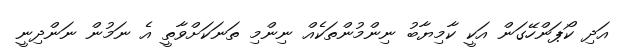
އަދި ކޯޕަންހޭގަން އަކީ ކާމިޔާބު ނިންމުންތަކެއް ނިންމި ތަނަކަށްވާތީ އެ ނަމުން ނަންދިނީ